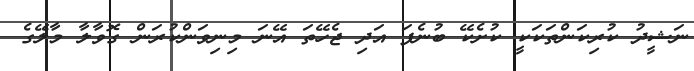
ނަޝީދު ކުރިކަންތަކަކީ ކުށެކޭ ބުނެފަ އަދި ޖެހޭތަ އޭނަ މިނިވަންކުރަން ގޮވާލާ މާލޭގެ